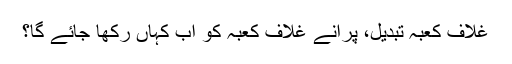
غلاف کعبہ تبدیل، پرانے غلاف کعبہ کو اب کہاں رکھا جائے گا؟